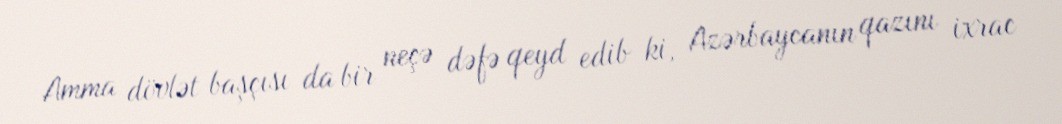
Amma dövlət başçısı da bir neçə dəfə qeyd edib ki, Azərbaycanın qazını ixrac